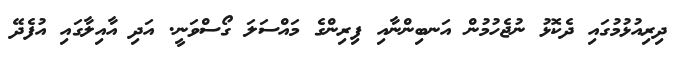
ދިރިއުޅުމުގައި ދެކޮޅު ނުޖެހުމުން އަނބިންނާއި ފިރިންގެ މައްސަލަ ގޯސްވަނީ. އަދި އާއިލާގައި އުފެދޭ